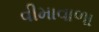
વીમાવાળા